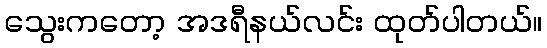
သွေးကတော့ အဒရီနယ်လင်း ထုတ်ပါတယ်။